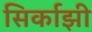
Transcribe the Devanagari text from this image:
सिर्काझी